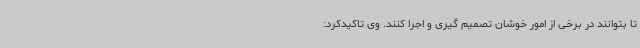
تا بتوانند در برخی از امور خوشان تصمیم گیری و اجرا کنند. وی تاکیدکرد: